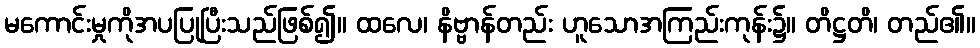
မကောင်းမှုကိုအပပြုပြီးသည်ဖြစ်၍။ ထလေ၊ နိဗ္ဗာန်တည်း ဟူသောအကြည်းကုန်း၌။ တိဋ္ဌတိ၊ တည်၏။